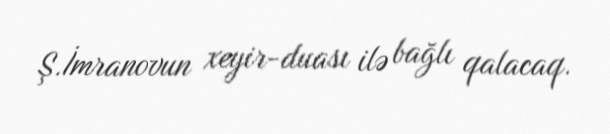
Ş.İmranovun xeyir-duası ilə bağlı qalacaq.